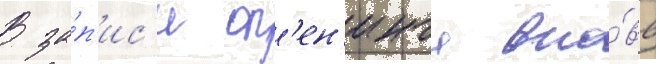
В за́п'ис'и оп'ен'инга вно́вь